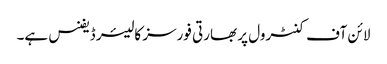
لائن آف کنٹرول پر بھارتی فورسز کا لیئر ڈیفنس ہے۔